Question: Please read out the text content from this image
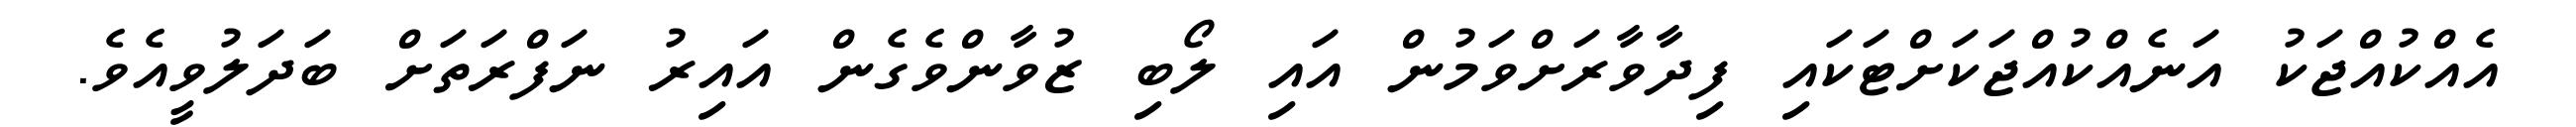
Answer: އެއްކުއްޖަކު އަނެއްކުއްޖަކަށްޓަކައި ފިދާވާރަށްވަމުން އައި ލޯބި ޒުވާންވެގެން އައިރު ނަފްރަތަށް ބަދަލުވީއެވެ.